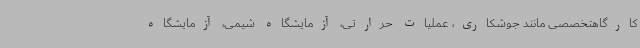
کارگاهتخصصی مانند جوشکاری، عملیات حرارتی، آزمایشگاه شیمی، آزمایشگاه